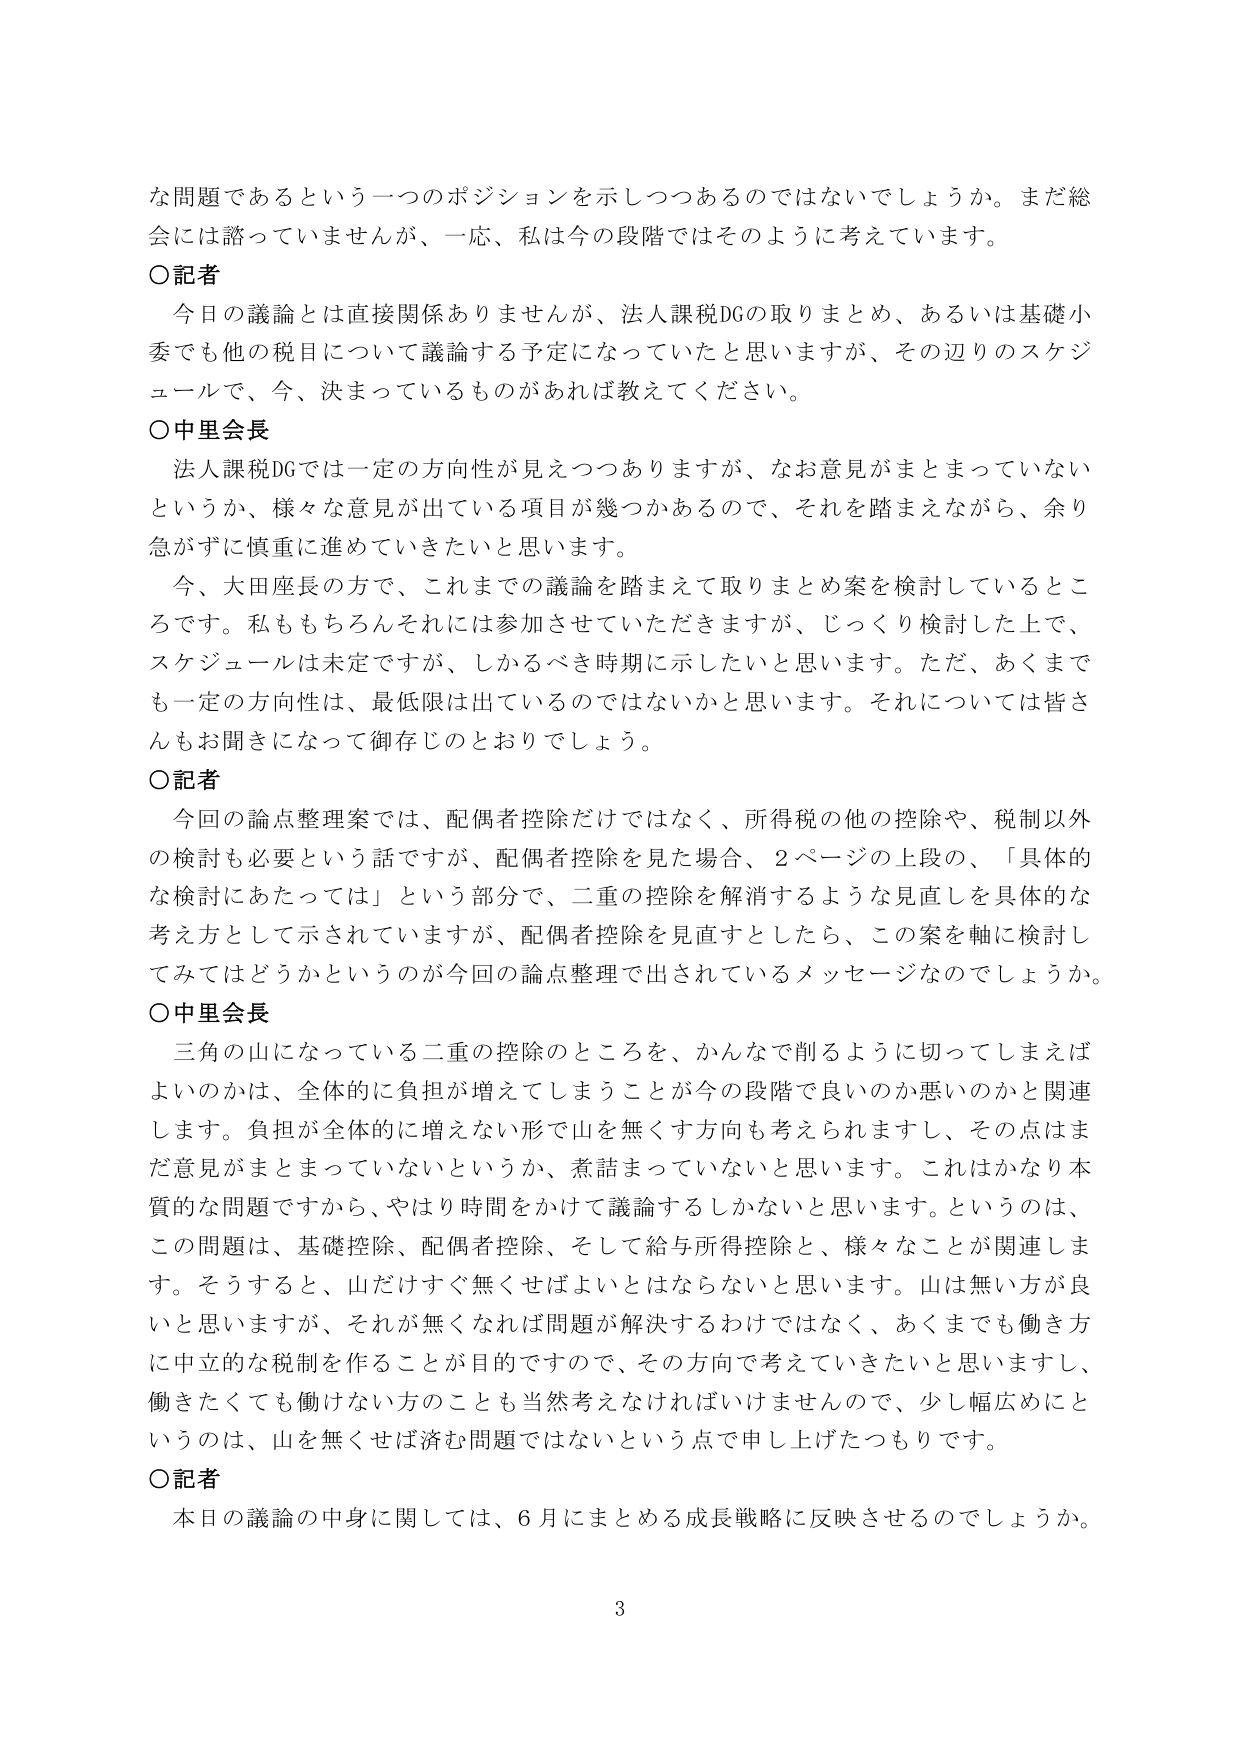
な問題であるという一つのポジションを示しつつあるのではないでしょうか。まだ総会には諮っていませんが、一応、私は今の段階ではそのように考えています。

〇記者
今日の議論とは直接関係ありませんが、法人課税DGの取りまとめ、あるいは基礎小委でも他の税目について議論する予定になっていたと思いますが、その辺りのスケジュールで、今、決まっているものがあれば教えてください。

〇中里会長
法人課税DGでは一定の方向性が見えつつありますが、なお意見がまとまっていないというか、様々な意見が出ている項目が幾つかあるので、それを踏まえながら、余り急がずに慎重に進めていきたいと思います。
今、大田座長の方で、これまでの議論を踏まえて取りまとめ案を検討しているところです。私ももちろんそれには参加させていただきますが、じっくり検討した上で、スケジュールは未定ですが、しかるべき時期に示したいと思います。ただ、あくまでも一定の方向性は、最低限は出ているのではないかと思います。それについては皆さんもお聞きになって御存じのとおりでしょう。

〇記者
今回の論点整理案では、配偶者控除だけではなく、所得税の他の控除や、税制以外の検討も必要という話ですが、配偶者控除を見た場合、2ページの上段の、「具体的な検討にあたっては」という部分で、二重の控除を解消するような見直しを具体的な考え方として示されていますが、配偶者控除を見直すとしたら、この案を軸に検討してみてはどうかというのが今回の論点整理で出されているメッセージなのでしょうか。

〇中里会長
三角の山になっている二重の控除のところを、かんなで削るように切ってしまえばよいのかは、全体的に負担が増えてしまうことが今の段階で良いのか悪いのかと関連します。負担が全体的に増えない形で山を無くす方向も考えられますし、その点はまだ意見がまとまっていないというか、煮詰まっていないと思います。これはかなり本質的な問題ですから、やはり時間をかけて議論するしかないと思います。というのは、この問題は、基礎控除、配偶者控除、そして給与所得控除と、様々なことが関連します。そうすると、山だけすぐ無くせばよいとはならないと思います。山は無い方が良いと思いますが、それが無くなれば問題が解決するわけではなく、あくまでも働き方に中立的な税制を作ることが目的ですので、その方向で考えていきたいと思いますし、働きたくても働けない方のことも当然考えなければならないので、少し幅広めにというのは、山を無くせば済む問題ではないという点で申し上げたつもりです。

〇記者
本日の議論の中身に関しては、6月にまとめる成長戦略に反映させるのでしょうか。

3